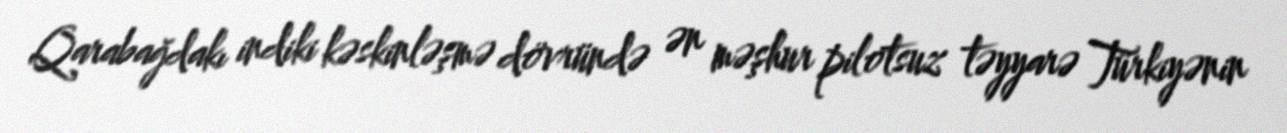
Qarabağdakı indiki kəskinləşmə dövründə ən məşhur pilotsuz təyyarə Türkiyənin